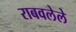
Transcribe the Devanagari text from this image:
राबवलेले